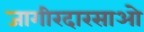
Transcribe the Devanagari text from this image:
जागीरदारसाओ